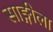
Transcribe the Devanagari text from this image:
साङ्गीला